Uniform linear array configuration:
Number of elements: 8
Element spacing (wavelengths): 1
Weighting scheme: exponential
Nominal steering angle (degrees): -60
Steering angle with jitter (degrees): -58.537
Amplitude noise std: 0.05
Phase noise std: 0.05

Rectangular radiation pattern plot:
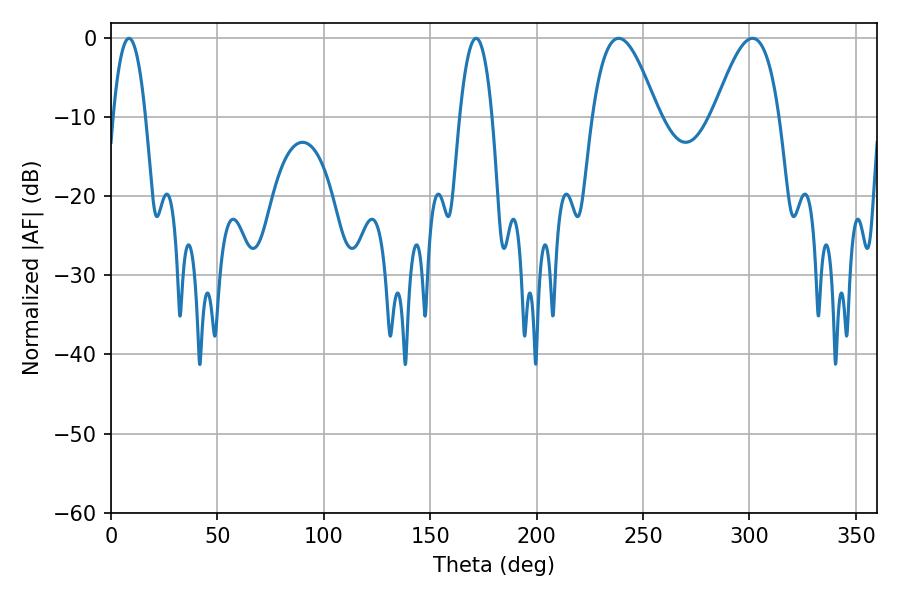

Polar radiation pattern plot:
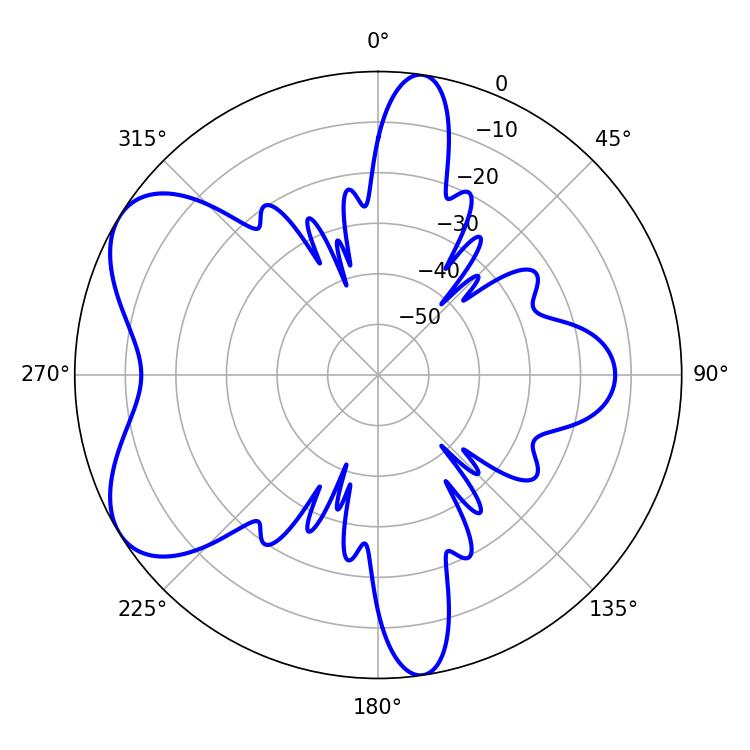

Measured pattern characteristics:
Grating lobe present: TRUE
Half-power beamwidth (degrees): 8.46
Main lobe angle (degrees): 8.46